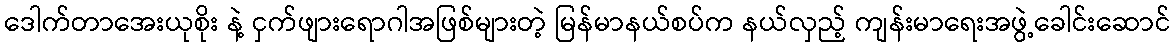
ဒေါက်တာအေးယုစိုး နဲ့ ငှက်ဖျားရောဂါအဖြစ်များတဲ့ မြန်မာနယ်စပ်က နယ်လှည့် ကျန်းမာရေးအဖွဲ့ခေါင်းဆောင်